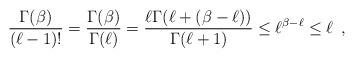
LaTeX: \begin{align*} \frac{\Gamma(\beta)}{(\ell-1)!} = \frac{\Gamma(\beta)}{\Gamma(\ell)}= \frac{\ell \Gamma(\ell + (\beta-\ell))}{\Gamma(\ell+1)}\leq \ell^{\beta-\ell} \leq \ell\enspace,\end{align*}